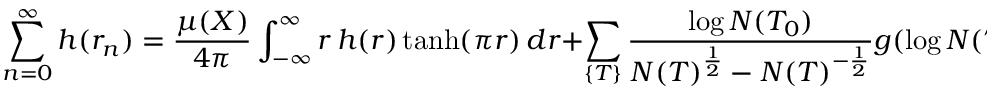
\sum _ { n = 0 } ^ { \infty } h ( r _ { n } ) = { \frac { \mu ( X ) } { 4 \pi } } \int _ { - \infty } ^ { \infty } r \, h ( r ) \operatorname { t a n h } ( \pi r ) \, d r + \sum _ { \{ T \} } { \frac { \log N ( T _ { 0 } ) } { N ( T ) ^ { \frac { 1 } { 2 } } - N ( T ) ^ { - { \frac { 1 } { 2 } } } } } g ( \log N ( T ) ) .